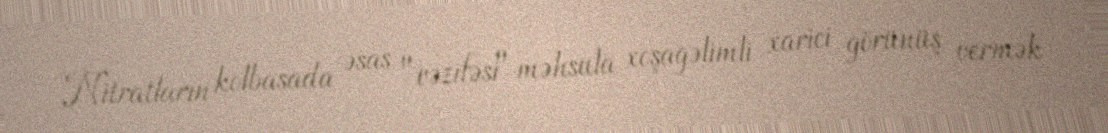
Nitratların kolbasada əsas "vəzifəsi" məhsula xoşagəlimli xarici görünüş vermək